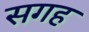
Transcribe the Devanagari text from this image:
सगह